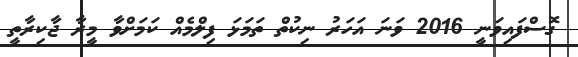
ގޮސްފައިވަނީ 2016 ވަނަ އަހަރު ނިކުތް ތަމަޅަ ފިލްމެއް ކަމަށްވާ މީރާ ޖާކިރާތީ